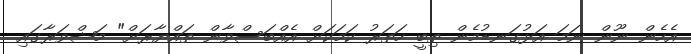
އެހެން ނޫން ނަމަ އަޅުގަނޑުމެން ތިބީ ހަތަރު ކަމަކަށް އެއްބަސްވާން ތައްޔާރަށް" މަޝްވަރާގައި